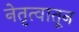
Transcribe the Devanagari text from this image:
नेतृत्वातून